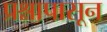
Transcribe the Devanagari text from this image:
प्रश्नापासून